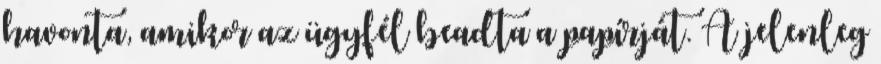
havonta, amikor az ügyfél beadta a papírját. A jelenleg